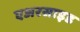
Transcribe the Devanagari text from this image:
एअरसाइड